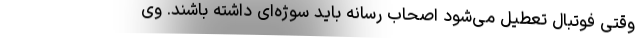
وقتی فوتبال تعطیل می‌شود اصحاب رسانه باید سوژه‌ای داشته باشند. وی